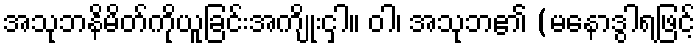
အသုဘနိမိတ်ကိုယူခြင်းအကျိုးငှါ။ ဝါ၊ အသုဘ၏ (မနောဒွါရဖြင့်